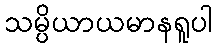
သမ္ပိယာယမာနရူပါ